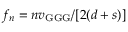
f _ { n } = n v _ { \mathrm { G G G } } / [ 2 ( d + s ) ]